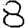
Digit: 8